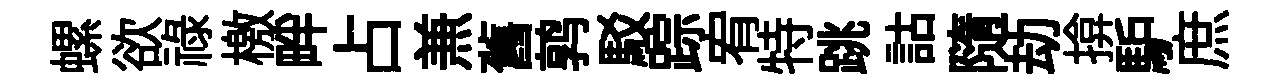
螺欲祿檄畔占𠔥舊鹑駁踪宥特跳詁隨劫揜馿庶